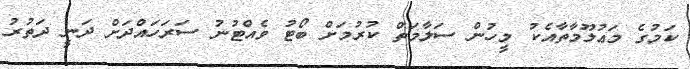
ކަމުގެ މަޢުލޫމާތާއެކު މީހުން ސަލާމަތް ކުރުމަށް ބޯޓު ވެއްޓުނު ސަރަހައްދަށް ދަނީ ދަތުރު